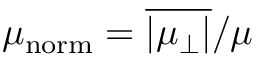
\mu _ { \mathrm { n o r m } } = \overline { { \vert \mu _ { \perp } \vert } } / \mu